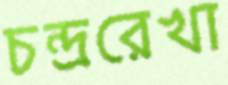
চন্দ্ররেখা